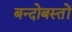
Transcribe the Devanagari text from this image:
बन्दोबस्तों